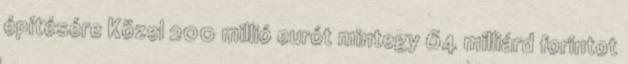
építésére Közel 200 millió eurót mintegy 64 milliárd forintot